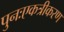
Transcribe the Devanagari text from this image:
पुनःएकत्रीकरण